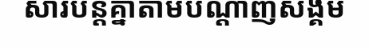
សារបន្តគ្នាតាមបណ្តាញសង្គម